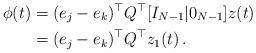
LaTeX: \begin{align*}\phi(t)&=(e_j-e_k)^{\top}Q^{\top}[I_{N-1} | 0_{N-1}]z(t)\\&= (e_j-e_k)^{\top}Q^{\top} z_1(t)\,.\end{align*}